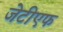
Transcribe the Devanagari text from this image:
जेटीएफ